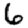
Digit: 6